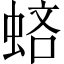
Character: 𧋻